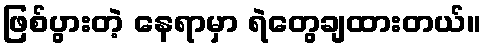
ဖြစ်ပွားတဲ့ နေရာမှာ ရဲတွေချထားတယ်။